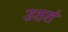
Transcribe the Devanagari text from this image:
उठतं